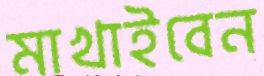
মাখাইবেন